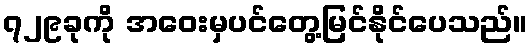
၇၂၉ခုကို အဝေးမှပင်တွေ့မြင်နိုင်ပေသည်။